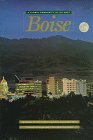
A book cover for Boise: A Global Community in the West; Barbara Herrick; Travel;